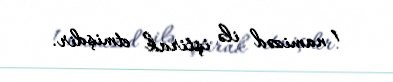
1 namizəd ilə iştirak etmişdir.